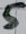
Text: 5